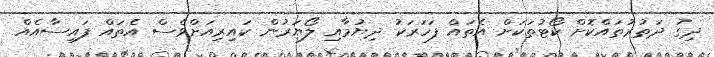
ދިގު ދަތުރުތައްކޮށް ކޯޓުތަކަށް އެތައް ފަހަރަކު ދިޔުމާއި ލޯޔަރުން ކައިރިއަށްވެސް އެތައް ފައިސާއެއް